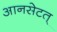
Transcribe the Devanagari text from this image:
आनसेटत्